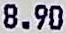
8.90